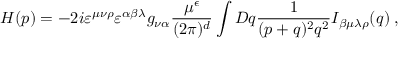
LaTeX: { \cal H } ( p ) = - 2 i \varepsilon ^ { \mu \nu \rho } \varepsilon ^ { \alpha \beta \lambda } g _ { \nu \alpha } \frac { \mu ^ { \epsilon } } { ( 2 \pi ) ^ { d } } \int { \cal D } q \frac { 1 } { ( p + q ) ^ { 2 } q ^ { 2 } } I _ { \beta \mu \lambda \rho } ( q ) \; ,